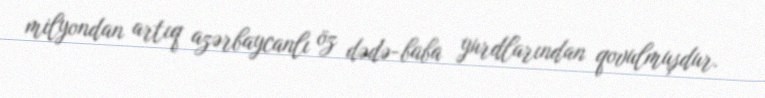
milyondan artıq azərbaycanlı öz dədə-baba yurdlarından qovulmuşdur.